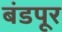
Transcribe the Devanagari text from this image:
बंडपूर